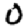
Digit: 0